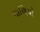
ગાળિયો